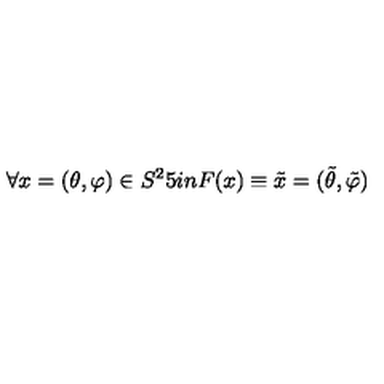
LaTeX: \forall x = ( \theta , \varphi ) \in S ^ { 2 } \hspace * { . 5 i n } F ( x ) \equiv \tilde { x } = ( \tilde { \theta } , \tilde { \varphi } )